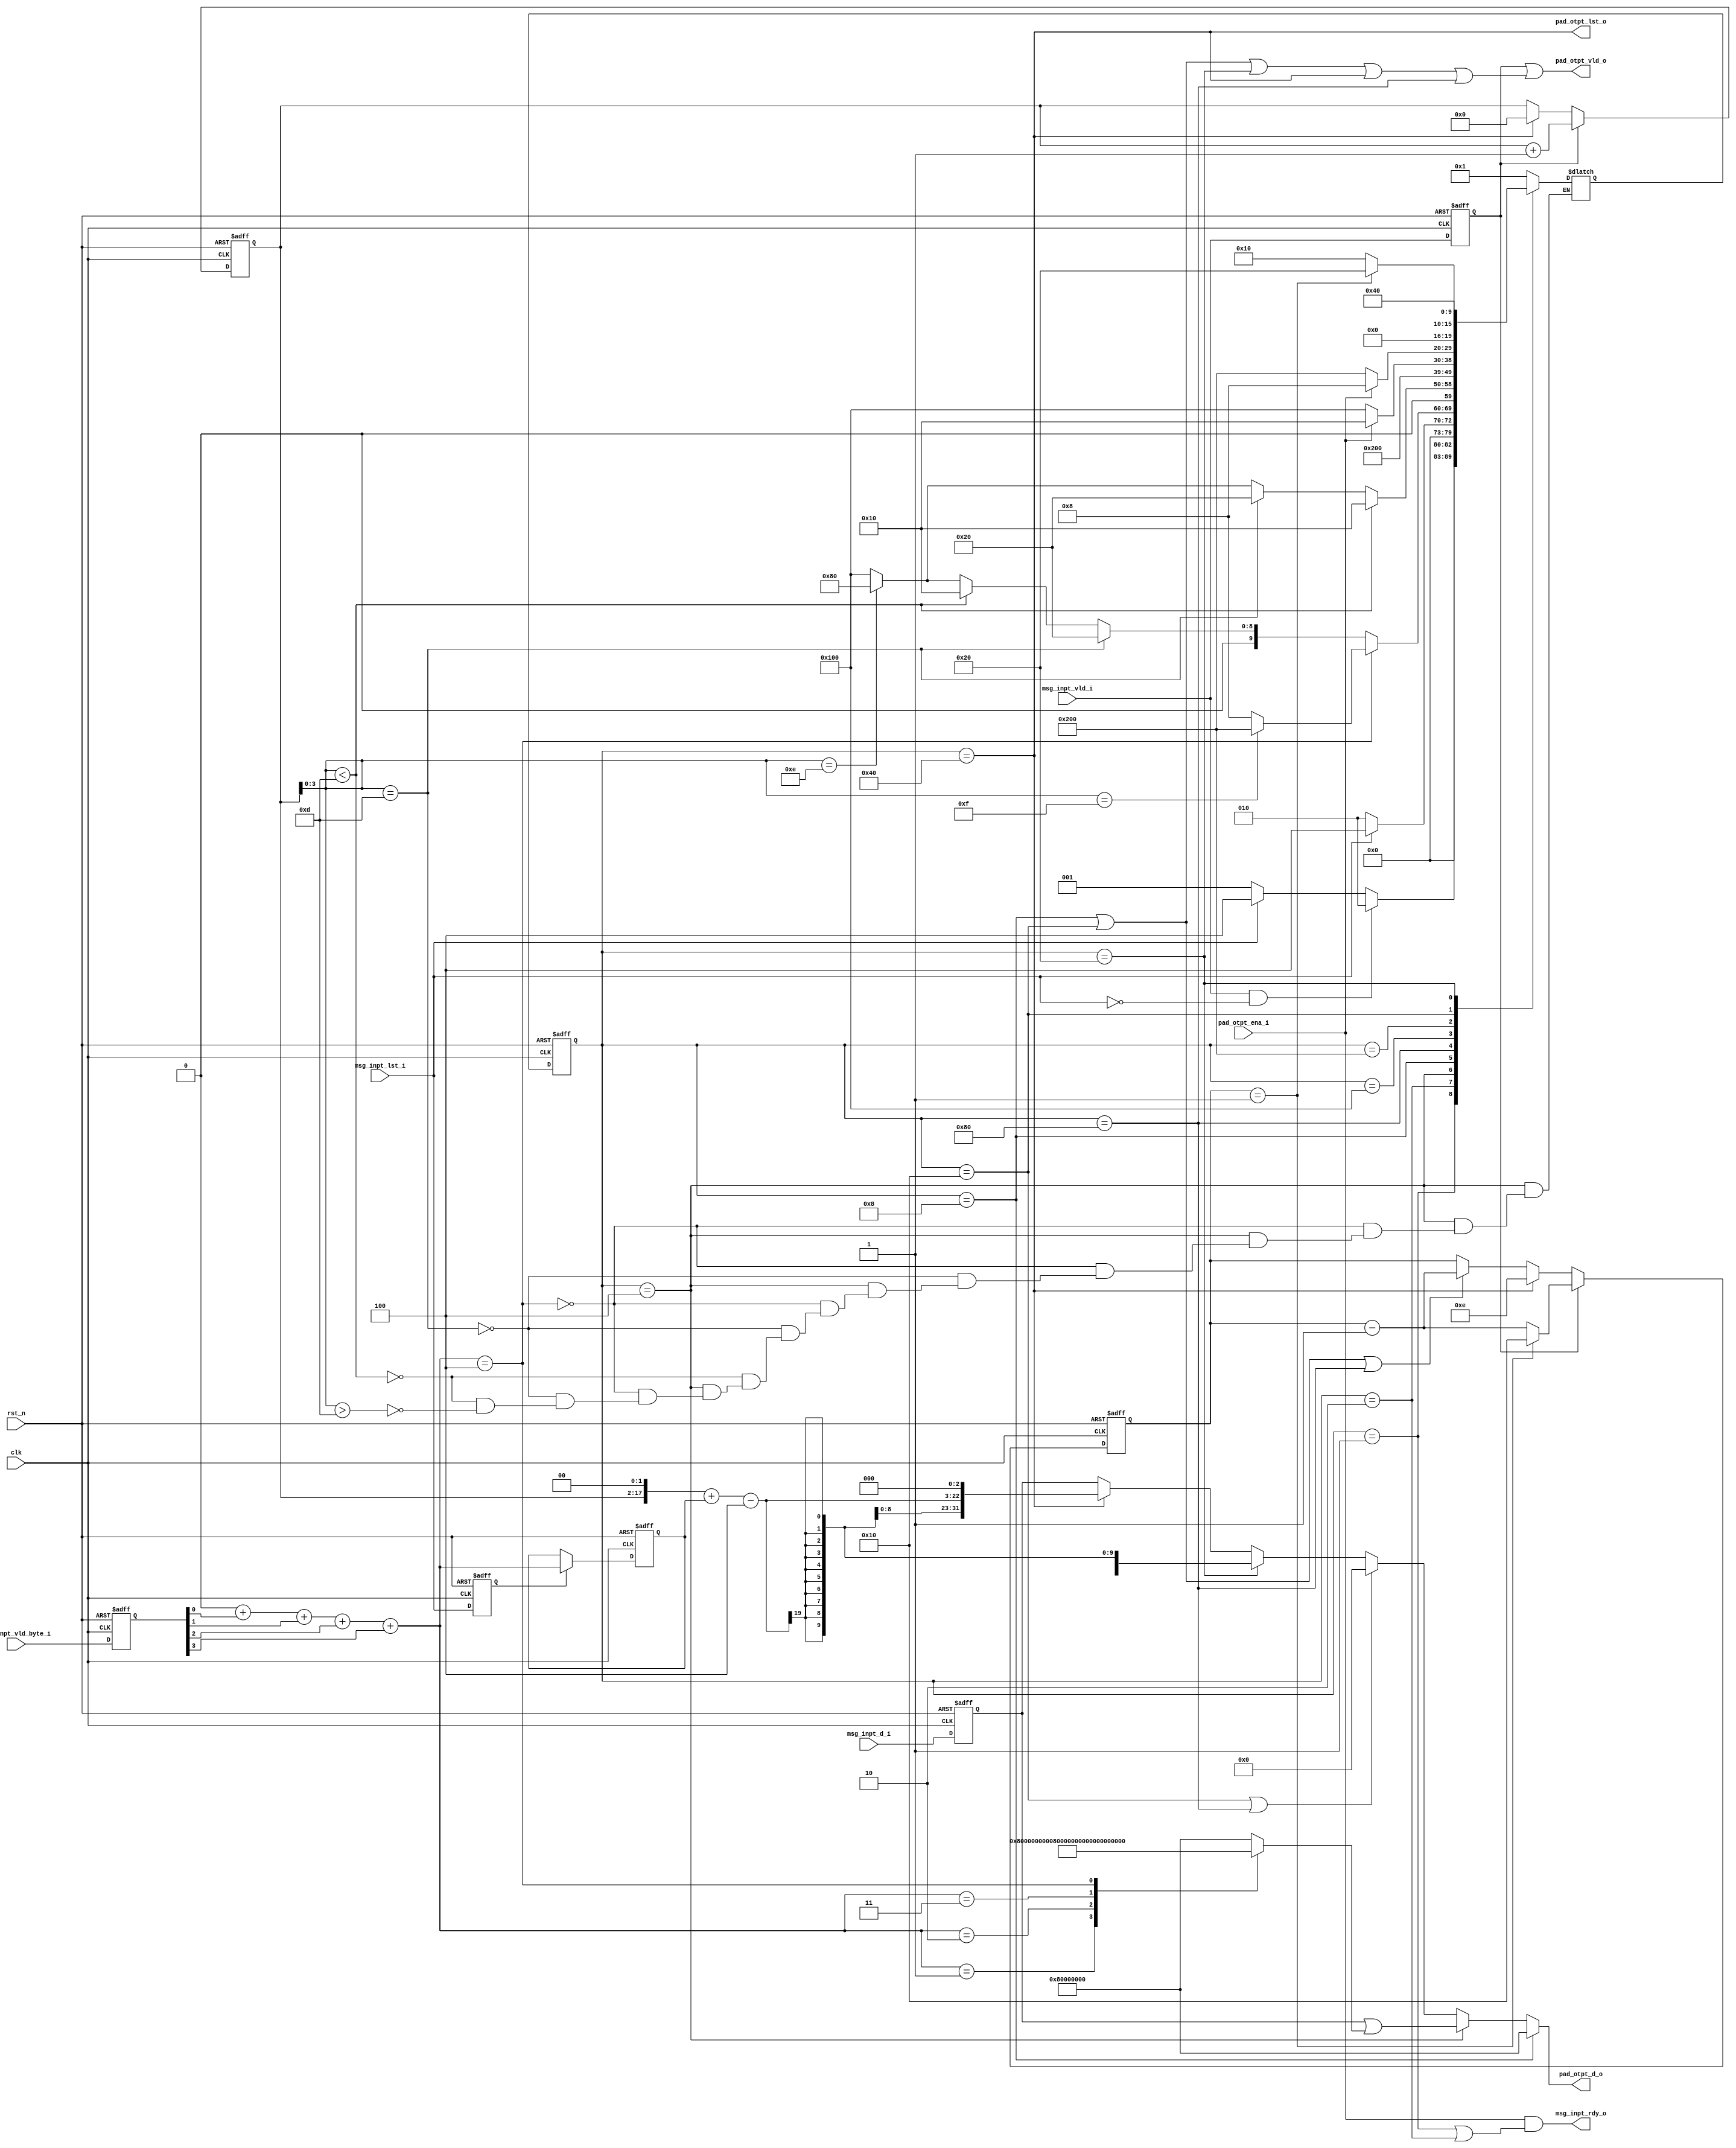
`define SM3_INPT_DW_32
`define INPT_DW    32
`define INPT_DW1        (`INPT_DW - 1)
`define INPT_BYTE_DW1   (`INPT_DW/8 - 1)
`define INPT_BYTE_DW    (`INPT_BYTE_DW1 + 1)
module sm3_pad_core (
    input                       clk,
    input                       rst_n,

    input   [`INPT_DW1:0]       msg_inpt_d_i,
    input   [`INPT_BYTE_DW1:0]  msg_inpt_vld_byte_i,
    input                       msg_inpt_vld_i,
    input                       msg_inpt_lst_i,

    input                       pad_otpt_ena_i,

    output                      msg_inpt_rdy_o,

    output  [`INPT_DW1:0]       pad_otpt_d_o,                    
    output                      pad_otpt_lst_o,                  
    output                      pad_otpt_vld_o                    
);

localparam [15:0]           PAD_BLK_WD_NUM              =   16;
localparam [15:0]           PAD_BLK_BIT_LEN_WD_NUM      =   2;
localparam [15:0]           PAD_BLK_WD_NUM_INIT         =   PAD_BLK_WD_NUM - PAD_BLK_BIT_LEN_WD_NUM;
localparam [ 3:0]           PAD_BLK_WD_NUM_WTHT_LEN     =   PAD_BLK_WD_NUM - PAD_BLK_BIT_LEN_WD_NUM;

// 32bit1 64bit2
`ifdef SM3_INPT_DW_32
    localparam [1:0]            INPT_WORD_NUM               =   2'd1;
`elsif SM3_INPT_DW_64
    localparam [1:0]            INPT_WORD_NUM               =   2'd2;
`endif

//
`ifdef SM3_INPT_DW_32
    reg  [31:0]             lst_data_pad_mask;
`elsif SM3_INPT_DW_64
    reg  [63:0]             lst_data_pad_mask;
`endif

//  beat inpt signals
reg     [`INPT_DW1:0]       msg_inpt_d_r1;
reg     [`INPT_BYTE_DW1:0]  msg_inpt_vld_byte_r1;
reg                         msg_inpt_vld_r1;
reg                         msg_inpt_lst_r1;

// count inpt words(32bit)
reg [15:0]                  inpt_wd_cntr;
wire                        inpt_wd_cntr_add;
wire                        inpt_wd_cntr_clr;

// count inpt byte
wire[60:0]                  inpt_byte_cntr;

// count padded words
reg [4:0]                   pad_00_wd_cntr;
wire                        pad_00_wd_cntr_inpt_updt; // dec with data inpt
wire                        pad_00_wd_cntr_pad_updt;  // dec with pad data
wire                        pad_00_wd_cntr_rld;       // reload cntr for new msg   

// count inpt bit length
wire [63:0]                 inpt_bit_cntr;

//
wire                        pad_otpt_ena;

//  cnt vld byte of the last inpt data
reg  [3:0]                  inpt_vld_byte_cnt;
reg  [3:0]                  inpt_vld_byte_cnt_lat;
wire                        inpt_vld_byte_cmplt;                                 

integer i;

//
`define STT_W 10
`define STT_W1 `STT_W - 1

reg [`STT_W1:0]   state;
reg [`STT_W1:0]   nxt_state;

localparam IDLE                     = `STT_W'h1;
localparam INPT_DATA                = `STT_W'h2;
localparam INPT_PAD_LST_DATA        = `STT_W'h4;
localparam PAD_10_DATA              = `STT_W'h8;
localparam PAD_00_DATA              = `STT_W'h10;
localparam PAD_LEN_H                = `STT_W'h20;
localparam PAD_LEN_L                = `STT_W'h40;
localparam ADD_BLK_PAD_00           = `STT_W'h80;
localparam PAD_00_WAT_NEW_BLK       = `STT_W'h100;
localparam PAD_10_WAT_NEW_BLK       = `STT_W'h200;

//  beat inpt signals
always @(posedge clk or negedge rst_n) begin
    if(~rst_n) begin
        msg_inpt_d_r1               <=  `INPT_DW'b0;
        msg_inpt_vld_byte_r1        <=  'b0;
        msg_inpt_vld_r1             <=  1'b0;
        msg_inpt_lst_r1             <=  1'b0;
    end else begin
        msg_inpt_d_r1               <=  msg_inpt_d_i;
        msg_inpt_vld_byte_r1        <=  msg_inpt_vld_byte_i;
        msg_inpt_vld_r1             <=  msg_inpt_vld_i;
        msg_inpt_lst_r1             <=  msg_inpt_lst_i;
    end
end

//
always @(*) begin
    `ifdef SM3_INPT_DW_32
        case (inpt_vld_byte_cnt)
            4'd0: lst_data_pad_mask      =   32'h8000_0000;
            4'd1: lst_data_pad_mask      =   32'h0080_0000;
            4'd2: lst_data_pad_mask      =   32'h0000_8000;
            4'd3: lst_data_pad_mask      =   32'h0000_0080;
            4'd4: lst_data_pad_mask      =   32'h0000_0000;
            default: lst_data_pad_mask      =   32'h8000_0000;
        endcase
    `elsif SM3_INPT_DW_64
        case (inpt_vld_byte_cnt)
            4'd0: lst_data_pad_mask      =   64'h8000_0000_0000_0000;
            4'd1: lst_data_pad_mask      =   64'h0080_0000_0000_0000;
            4'd2: lst_data_pad_mask      =   64'h0000_8000_0000_0000;
            4'd3: lst_data_pad_mask      =   64'h0000_0080_0000_0000;
            4'd4: lst_data_pad_mask      =   64'h0000_0000_8000_0000;
            4'd5: lst_data_pad_mask      =   64'h0000_0000_0080_0000;
            4'd6: lst_data_pad_mask      =   64'h0000_0000_0000_8000;
            4'd7: lst_data_pad_mask      =   64'h0000_0000_0000_0080;
            4'd8: lst_data_pad_mask      =   64'h0000_0000_0000_0000;
            default: lst_data_pad_mask      =   64'h8000_0000_0000_0000;
        endcase
    `endif
end


// 
always @(*) begin
    inpt_vld_byte_cnt = 4'b0;
    for(i = 0;i <= `INPT_BYTE_DW1;i=i+1) begin
        inpt_vld_byte_cnt = inpt_vld_byte_cnt + msg_inpt_vld_byte_r1[i];
    end
end

assign                  inpt_vld_byte_cmplt =   inpt_vld_byte_cnt == 4 * INPT_WORD_NUM;

//last inpt_vld_byte_cnt
always @(posedge clk or negedge rst_n) begin
    if(~rst_n) begin
        inpt_vld_byte_cnt_lat   <=  4'd0;
    end
    else if(msg_inpt_lst_r1)begin
        inpt_vld_byte_cnt_lat   <=  inpt_vld_byte_cnt;
    end
end

//
always @(posedge clk or negedge rst_n) begin
    if(~rst_n) begin
        inpt_wd_cntr              <= 16'b0;
    end else if(inpt_wd_cntr_add)begin
        inpt_wd_cntr              <= inpt_wd_cntr + INPT_WORD_NUM;
    end else if(inpt_wd_cntr_clr)begin
        inpt_wd_cntr              <= 16'b0;
    end
end
assign                  inpt_wd_cntr_add    = msg_inpt_vld_r1;
assign                  inpt_wd_cntr_clr    = pad_otpt_lst_o;

assign                  inpt_byte_cntr      =   {inpt_wd_cntr,2'd0} + inpt_vld_byte_cnt_lat - {INPT_WORD_NUM,2'd0};
assign                  inpt_bit_cntr       =   {inpt_byte_cntr,3'd0};

//
always @(posedge clk or negedge rst_n) begin
    if(~rst_n) begin
        pad_00_wd_cntr              <= PAD_BLK_WD_NUM_INIT;//16-2=14
    end else if(pad_00_wd_cntr_inpt_updt)begin
        pad_00_wd_cntr              <= pad_00_wd_cntr == INPT_WORD_NUM 
                                    ? PAD_BLK_WD_NUM 
                                    : pad_00_wd_cntr - INPT_WORD_NUM;
    end else if(pad_00_wd_cntr_rld)begin
        pad_00_wd_cntr              <= PAD_BLK_WD_NUM_INIT;
    end else if(pad_00_wd_cntr_pad_updt)begin
        pad_00_wd_cntr              <= pad_00_wd_cntr - INPT_WORD_NUM;
    end
end
assign                  pad_00_wd_cntr_inpt_updt    = msg_inpt_vld_r1;
assign                  pad_00_wd_cntr_pad_updt     = state == PAD_10_DATA || state == PAD_00_DATA || state == ADD_BLK_PAD_00;
assign                  pad_00_wd_cntr_rld          = pad_otpt_lst_o;

//
always @(*) begin
    case (state)
        IDLE: begin
            if(msg_inpt_vld_i && ~msg_inpt_lst_i)
                nxt_state   =   INPT_DATA;
            else if(msg_inpt_lst_i)//fix 1
                nxt_state   =   INPT_PAD_LST_DATA;
            else
                nxt_state   =   IDLE;
        end
        INPT_DATA: begin //
            if(msg_inpt_lst_i)
                nxt_state   =   INPT_PAD_LST_DATA;
            else
                nxt_state   =   INPT_DATA;
        end
        INPT_PAD_LST_DATA: begin//
            if(inpt_vld_byte_cmplt) begin
                // if(inpt_wd_cntr[3:0] == 4'd0 && ~(inpt_wd_cntr == 16'd0))begin
                if(inpt_wd_cntr[3:0] == PAD_BLK_WD_NUM - INPT_WORD_NUM)begin
                    nxt_state   =   PAD_10_WAT_NEW_BLK;//'1'
                end else begin//1
                    nxt_state   =   PAD_10_DATA;
                end
            end
            else if(inpt_wd_cntr[3:0] == PAD_BLK_WD_NUM_WTHT_LEN - INPT_WORD_NUM)//14 - 1/2
                nxt_state   =   PAD_LEN_H;
            else if(inpt_wd_cntr[3:0] < PAD_BLK_WD_NUM_WTHT_LEN - INPT_WORD_NUM)
                nxt_state   =   PAD_00_DATA;
            else if(inpt_wd_cntr[3:0] > PAD_BLK_WD_NUM_WTHT_LEN - INPT_WORD_NUM)
                `ifdef SM3_INPT_DW_32
                    if(inpt_wd_cntr[3:0] == PAD_BLK_WD_NUM_WTHT_LEN)
                        nxt_state   =   ADD_BLK_PAD_00;//320
                    else
                        nxt_state   =   PAD_00_WAT_NEW_BLK;
                `elsif SM3_INPT_DW_64
                    nxt_state   =   PAD_00_WAT_NEW_BLK;
                `endif
        end
        PAD_10_DATA: begin//110
            if(inpt_wd_cntr[3:0] < PAD_BLK_WD_NUM_WTHT_LEN - INPT_WORD_NUM)//14-2(64b)
                nxt_state   =   PAD_00_DATA;//0
            else if(inpt_wd_cntr[3:0] == PAD_BLK_WD_NUM_WTHT_LEN - INPT_WORD_NUM)
                nxt_state   =   PAD_LEN_H;//
            else begin //>PAD_BLK_WD_NUM_WTHT_LEN - INPT_WORD_NUM
                `ifdef SM3_INPT_DW_32
                    if(inpt_wd_cntr[3:0] == PAD_BLK_WD_NUM_WTHT_LEN)
                        nxt_state   =   ADD_BLK_PAD_00;//320
                    else
                        nxt_state   =   PAD_00_WAT_NEW_BLK;
                `elsif SM3_INPT_DW_64
                    nxt_state   =   PAD_00_WAT_NEW_BLK;
                `endif
            end
        end
        ADD_BLK_PAD_00:begin//032
            nxt_state   =   PAD_00_WAT_NEW_BLK;
        end
        PAD_00_WAT_NEW_BLK: 
            if(~pad_otpt_ena_i) // 
                nxt_state   =   PAD_00_WAT_NEW_BLK;
            else
                nxt_state   =   PAD_00_DATA;
        PAD_10_WAT_NEW_BLK: // PAD_00_WAT_NEW_BLK  PAD_10_DATA  10 
            if(~pad_otpt_ena_i) 
                nxt_state   =   PAD_10_WAT_NEW_BLK;
            else
                nxt_state   =   PAD_10_DATA;
        PAD_00_DATA: // 0 
            if(pad_00_wd_cntr == INPT_WORD_NUM)
                nxt_state   =   PAD_LEN_H;
            else
                nxt_state   =   PAD_00_DATA;
        PAD_LEN_H: //32/
        `ifdef SM3_INPT_DW_32
            nxt_state   =   PAD_LEN_L;
        `elsif SM3_INPT_DW_64
            nxt_state   =   IDLE;
        `endif
        PAD_LEN_L: 
            nxt_state   =   IDLE;
        default: 
            nxt_state   =   IDLE;
    endcase
end

always @(posedge clk or negedge rst_n) begin
    if(~rst_n)
        state   <=  `STT_W'b1;
    else begin
        state   <=  nxt_state;
    end  
end



assign                      pad_otpt_ena    =     state == PAD_10_DATA          
                                            ||    state == PAD_00_DATA          
                                            ||    state == PAD_LEN_H          
                                            ||    state == PAD_LEN_L          
                                            ||    state == ADD_BLK_PAD_00 ;                                                             
//
`ifdef SM3_INPT_DW_32
    assign                      pad_otpt_d_o    =   state == PAD_10_DATA ? 32'h8000_0000:
                                                    state == INPT_PAD_LST_DATA? msg_inpt_d_r1 | lst_data_pad_mask:
                                                    state == PAD_00_DATA || state == ADD_BLK_PAD_00? 32'h0:
                                                    state == PAD_LEN_H ? inpt_bit_cntr[63-:32]: 
                                                    state == PAD_LEN_L ? inpt_bit_cntr[31-:32]:
                                                    msg_inpt_d_r1;
    assign                      pad_otpt_lst_o      =   state == PAD_LEN_L;
`elsif SM3_INPT_DW_64
    assign                      pad_otpt_d_o    =   state == PAD_10_DATA ? 64'h8000_0000_0000_0000:
                                                    state == INPT_PAD_LST_DATA? msg_inpt_d_r1 | lst_data_pad_mask:
                                                    state == PAD_00_DATA || state == ADD_BLK_PAD_00? 64'h0:
                                                    state == PAD_LEN_H ? inpt_bit_cntr: 
                                                    msg_inpt_d_r1;
    assign                      pad_otpt_lst_o      =   state == PAD_LEN_H;
`endif

assign                      pad_otpt_vld_o      =   msg_inpt_vld_r1 || pad_otpt_ena;
assign                      msg_inpt_rdy_o      =   pad_otpt_ena_i && (state == IDLE || state == INPT_DATA);

endmodule